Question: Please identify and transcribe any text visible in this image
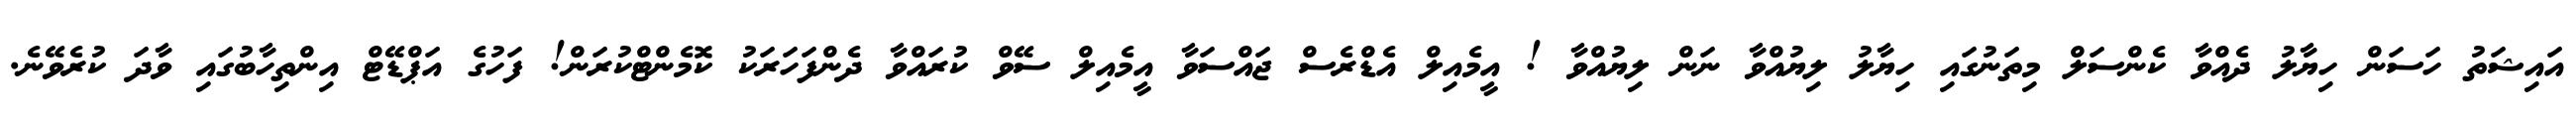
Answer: އައިޝަތު ހަސަން ހިޔާލު ދެއްވާ ކެންސަލް މިތަނުގައި ހިޔާލު ލިޔުއްވާ ނަން ލިޔުއްވާ ! އީމެއިލް އެޑްރެސް ޖައްސަވާ އީމެއިލް ސޭވް ކުރައްވާ ދެންފަހަރަކު ކޮމެންޓްކުރަން! ފަހުގެ އަޕްޑޭޓް އިންތިހާބުގައި ވާދަ ކުރެވޭނެ.